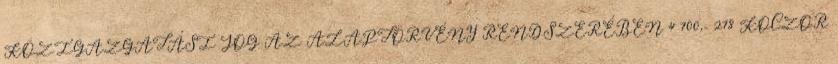
KÖZIGAZGATÁSI JOG AZ ALAPTÖRVÉNY RENDSZERÉBEN 4 700,- 278 KOCZOR